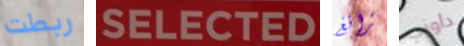
ربطت SELECTED زانغ داوني